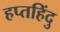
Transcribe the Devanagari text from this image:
हप्तहिंदु